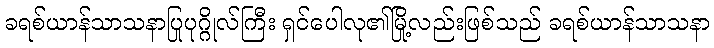
ခရစ်ယာန်သာသနာပြုပုဂ္ဂိုလ်ကြီး ရှင်ပေါလု၏မြို့လည်းဖြစ်သည် ခရစ်ယာန်သာသနာ